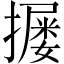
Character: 𪮴